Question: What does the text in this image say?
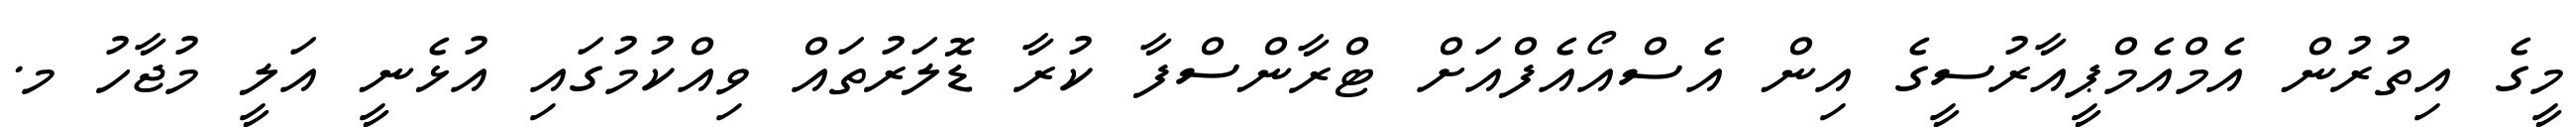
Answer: މީގެ އިތުރުން އެމްއެމްޕީއާރުސީގެ އިން އެސްއޯއެފްއަށް ޓްރާންސްފާ ކުރާ ޑޮލަރުތައް ވިއްކުމުގައި އުޅެނީ އަލީ މުޖާހު މ.